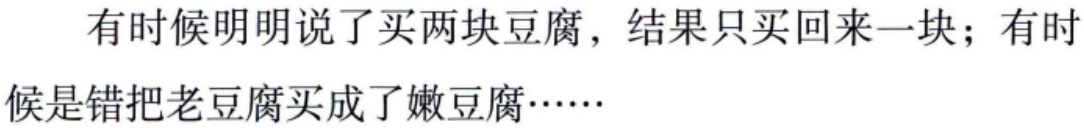
有时候明明说了买两块豆腐，结果只买回来一块；有时候是错把老豆腐买成了嫩豆腐……